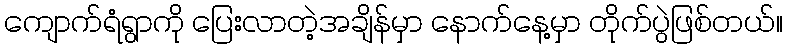
ကျောက်ရံရွာကို ပြေးလာတဲ့အချိန်မှာ နောက်နေ့မှာ တိုက်ပွဲဖြစ်တယ်။